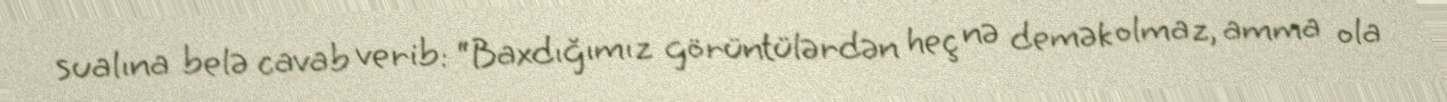
sualına belə cavab verib: “Baxdığımız görüntülərdən heç nə demək olmaz, amma ola